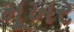
મૂખર